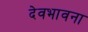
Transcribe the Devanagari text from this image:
देवभावना